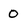
Character: O